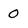
Character: 0